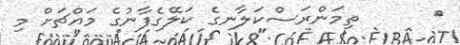
٢      ތިމަންރަސްކަލާނގެ ކަލޭގެފާނުގެ މައްޗަށް މި